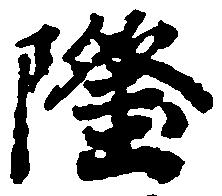
隆